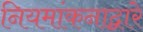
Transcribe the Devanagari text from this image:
नियमांकनाद्वारे